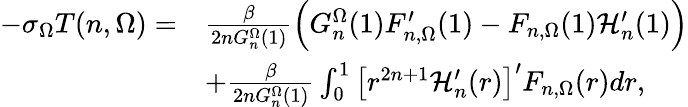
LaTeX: \begin{array}{rl}{-\sigma_{\Omega}T(n,\Omega)=}&{\frac{\beta}{2nG_{n}^{\Omega}(1)}\Big(G_{n}^{\Omega}(1)F_{n,\Omega}^{\prime}(1)-F_{n,\Omega}(1)\mathcal{H}_{n}^{\prime}(1)\Big)}\\ &{+\frac{\beta}{2nG_{n}^{\Omega}(1)}\int_{0}^{1}\big[r^{2n+1}\mathcal{H}_{n}^{\prime}(r)\big]^{\prime}F_{n,\Omega}(r)dr,}\end{array}